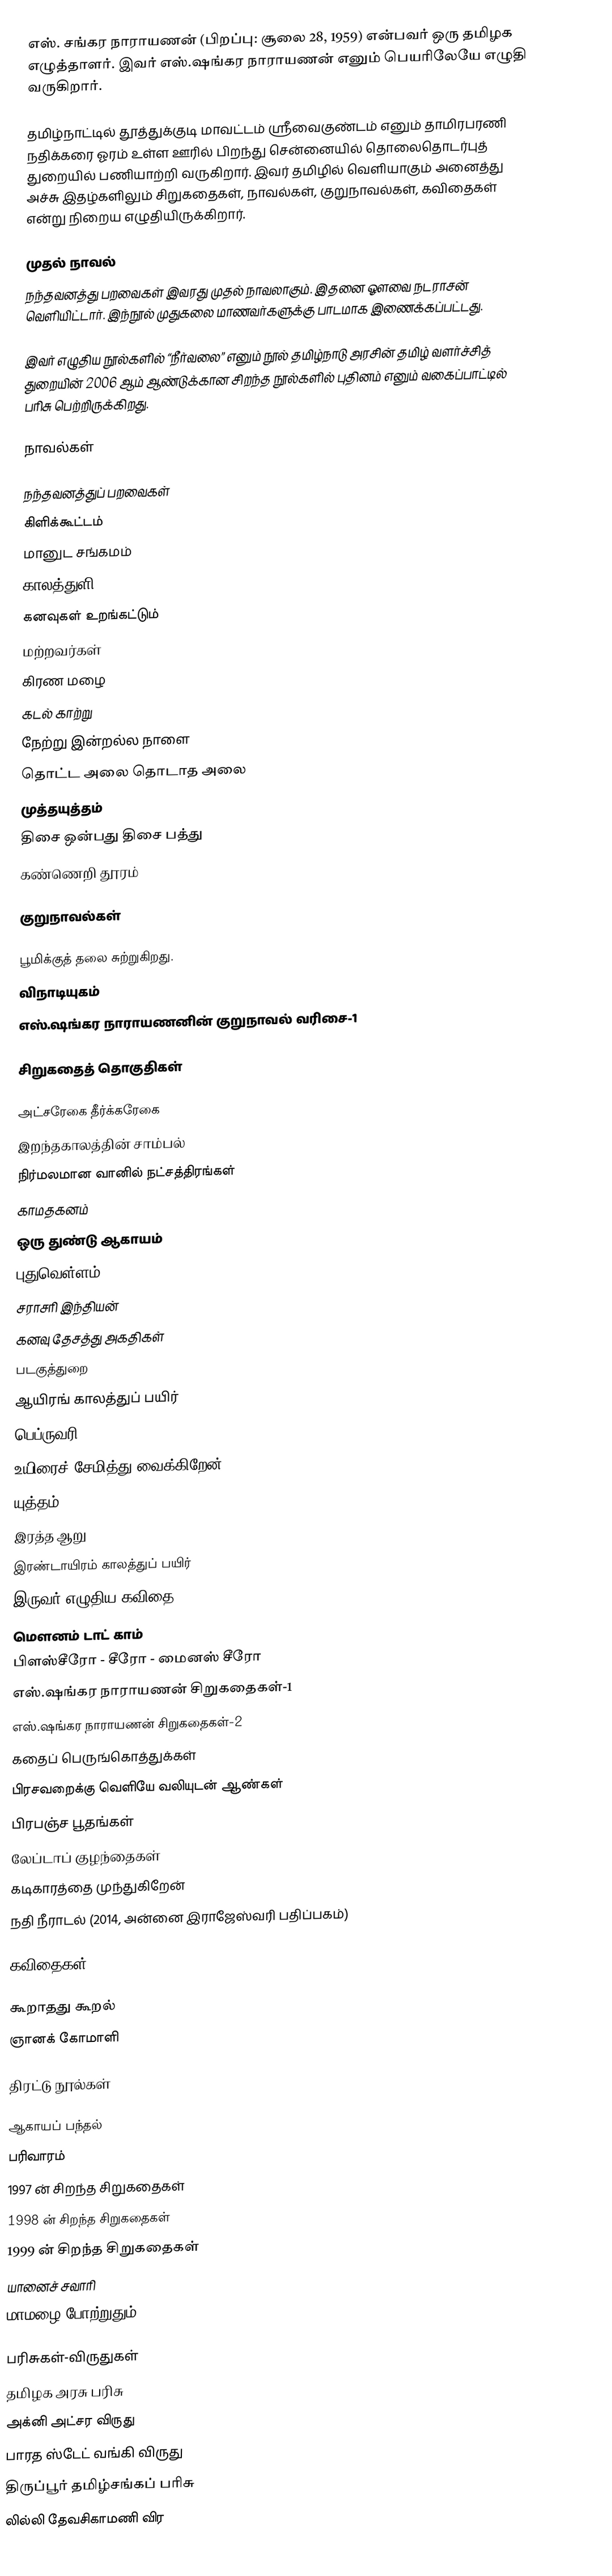
எஸ். சங்கர நாராயணன் (பிறப்பு: சூலை 28, 1959) என்பவர் ஒரு தமிழக எழுத்தாளர். இவர் எஸ்.ஷங்கர நாராயணன் எனும் பெயரிலேயே எழுதி வருகிறார்.

தமிழ்நாட்டில் தூத்துக்குடி மாவட்டம் ஸ்ரீவைகுண்டம் எனும் தாமிரபரணி நதிக்கரை ஓரம் உள்ள ஊரில் பிறந்து சென்னையில் தொலைதொடர்புத் துறையில் பணியாற்றி வருகிறார். இவர் தமிழில் வெளியாகும் அனைத்து அச்சு இதழ்களிலும் சிறுகதைகள், நாவல்கள், குறுநாவல்கள், கவிதைகள் என்று நிறைய எழுதியிருக்கிறார்.

முதல் நாவல்
நந்தவனத்து பறவைகள் இவரது முதல் நாவலாகும். இதனை ஔவை நடராசன் வெளியிட்டார். இந்நூல் முதுகலை மாணவர்களுக்கு பாடமாக இணைக்கப்பட்டது.

இவர் எழுதிய நூல்களில் “நீர்வலை” எனும் நூல் தமிழ்நாடு அரசின் தமிழ் வளர்ச்சித் துறையின் 2006 ஆம் ஆண்டுக்கான சிறந்த நூல்களில் புதினம் எனும் வகைப்பாட்டில் பரிசு பெற்றிருக்கிறது.

நாவல்கள்

 நந்தவனத்துப் பறவைகள்
 கிளிக்கூட்டம்
 மானுட சங்கமம்
 காலத்துளி
 கனவுகள் உறங்கட்டும்
 மற்றவர்கள்
 கிரண மழை
 கடல் காற்று
 நேற்று இன்றல்ல நாளை
 தொட்ட அலை தொடாத அலை
 முத்தயுத்தம்
 திசை ஒன்பது திசை பத்து
  கண்ணெறி தூரம்

குறுநாவல்கள்

 பூமிக்குத் தலை சுற்றுகிறது.
 விநாடியுகம்
 எஸ்.ஷங்கர நாராயணனின் குறுநாவல் வரிசை-1

சிறுகதைத் தொகுதிகள்

 அட்சரேகை தீர்க்கரேகை
 இறந்தகாலத்தின் சாம்பல்
 நிர்மலமான வானில் நட்சத்திரங்கள்
 காமதகனம்
 ஒரு துண்டு ஆகாயம்
 புதுவெள்ளம்
 சராசரி இந்தியன்
 கனவு தேசத்து அகதிகள்
 படகுத்துறை
 ஆயிரங் காலத்துப் பயிர்
 பெப்ருவரி-30
 உயிரைச் சேமித்து வைக்கிறேன்
 யுத்தம்
 இரத்த ஆறு
 இரண்டாயிரம் காலத்துப் பயிர்
 இருவர் எழுதிய கவிதை
 மௌனம் டாட் காம்
 பிளஸ்சீரோ - சீரோ - மைனஸ் சீரோ
 எஸ்.ஷங்கர நாராயணன் சிறுகதைகள்-1
 எஸ்.ஷங்கர நாராயணன் சிறுகதைகள்-2
 கதைப் பெருங்கொத்துக்கள்
 பிரசவறைக்கு வெளியே வலியுடன் ஆண்கள்
 பிரபஞ்ச பூதங்கள்
 லேப்டாப் குழந்தைகள்
 கடிகாரத்தை முந்துகிறேன்
 நதி நீராடல் (2014, அன்னை இராஜேஸ்வரி பதிப்பகம்)

கவிதைகள்

 கூறாதது கூறல்
 ஞானக் கோமாளி

திரட்டு நூல்கள்

 ஆகாயப் பந்தல்
 பரிவாரம்
 1997 ன் சிறந்த சிறுகதைகள்
 1998 ன் சிறந்த சிறுகதைகள்
 1999 ன் சிறந்த சிறுகதைகள்
 யானைச் சவாரி
 மாமழை போற்றுதும்

பரிசுகள்-விருதுகள்
 தமிழக அரசு பரிசு
 அக்னி அட்சர விருது
 பாரத ஸ்டேட் வங்கி விருது
 திருப்பூர் தமிழ்சங்கப் பரிசு
 லில்லி தேவசிகாமணி விர